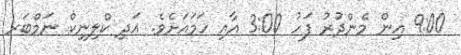
9:00 އިން މެންދުރު ފަހު 3:00 އާއި ހަމައަށެވެ. އަދި ކްލިނިކް ނަމްބަރ